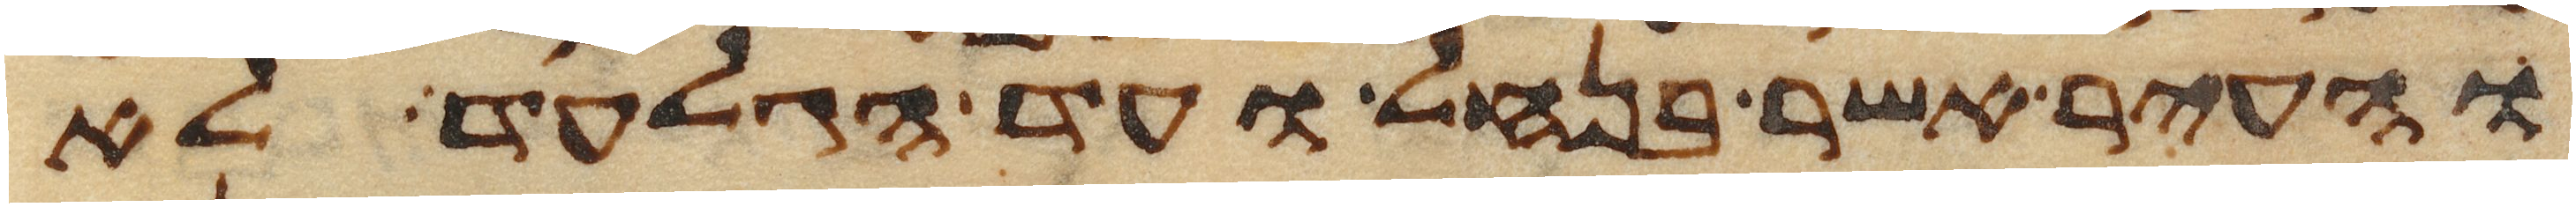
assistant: והעיר אשר בנחל ועד הגלעד לא